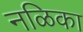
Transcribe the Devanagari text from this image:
नळिका